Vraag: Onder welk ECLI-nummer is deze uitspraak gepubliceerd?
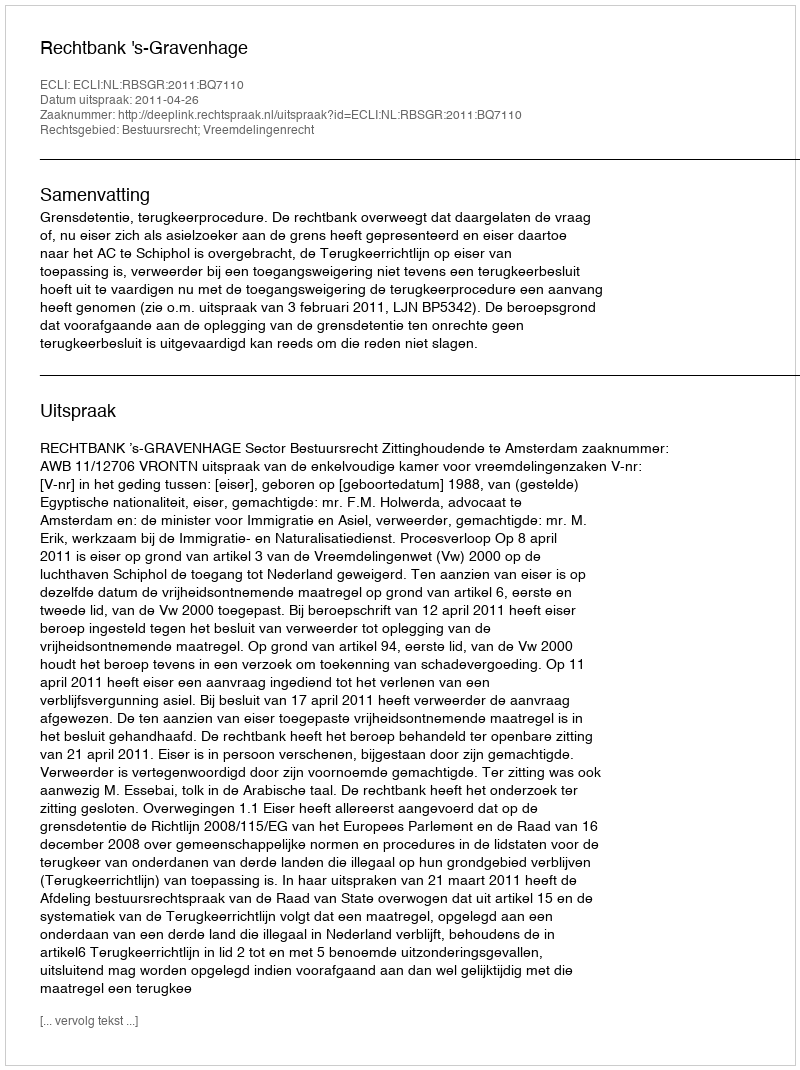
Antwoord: ECLI:NL:RBSGR:2011:BQ7110